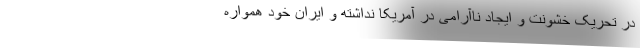
در تحریک خشونت و ایجاد ناآرامی در آمریکا نداشته و ایران خود همواره